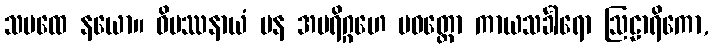
သမထေ နယော။ ဝိပဿနာယံ ပန အပရိဂ္ဂဟေ ပဝတ္တော ကာယသင်္ခါရော ဩဠာရိကော,